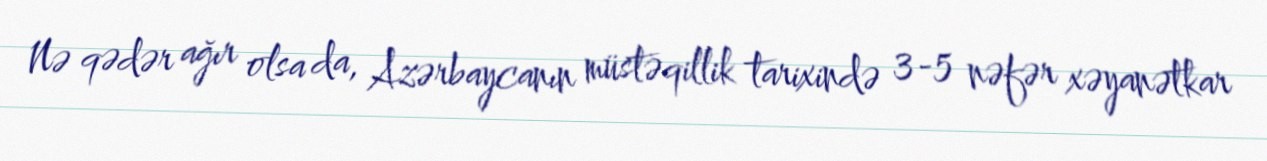
Nə qədər ağır olsa da, Azərbaycanın müstəqillik tarixində 3-5 nəfər xəyanətkar